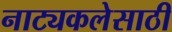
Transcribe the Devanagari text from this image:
नाट्यकलेसाठी